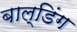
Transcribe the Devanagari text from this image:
बाल्डिंग